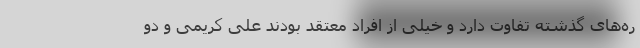
ره‌های گذشته تفاوت دارد و خیلی از افراد معتقد بودند علی کریمی و دو